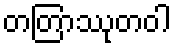
တတြာဿုတဝါ